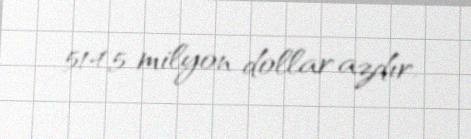
514,5 milyon dollar azdır.